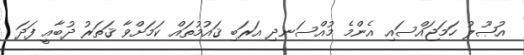
އުޞޫލު ހަމަޖައްސައި އެންމެ މުއްސަނދި އަރަބި ޤައުމުތައް ކަމަށްވާ ޤަތަރު ދުބާއީ ފަދަ